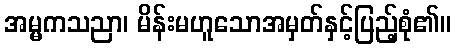
အမ္မကသညာ၊ မိန်းမဟူသောအမှတ်နှင့်ပြည့်စုံ၏။